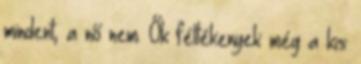
mindent, a nő nem. Ők féltékenyek még a kis